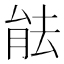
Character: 䏻